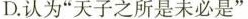
D.认为”天子之所是未必是”